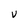
Character: V